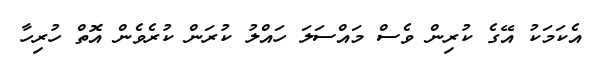
އެކަމަކު އޭގެ ކުރިން ވެސް މައްސަލަ ހައްލު ކުރަން ކުރެވެން އޮތް ހުރިހާ